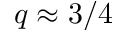
q \approx 3 / 4